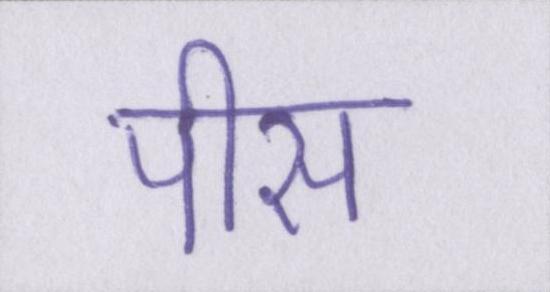
पीस